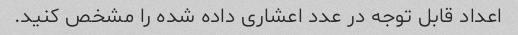
اعداد قابل توجه در عدد اعشاری داده شده را مشخص کنید.